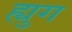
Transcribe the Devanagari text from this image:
ह्युग